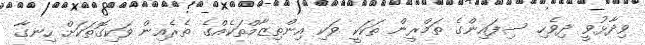
ވިދާޅުވީ ދިވެހި ސިފައިންގެ ތަމްރީން ތަކަކީ ވަކި އިންތިޒާމްތަކެއްގެ ތެރެއިން ވަކިގޮތަކަށް ހިނގާ